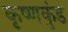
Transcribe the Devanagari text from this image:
कृष्णकुंड